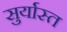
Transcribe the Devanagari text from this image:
सुर्यास्‍त